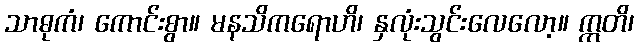
သာဓုကံ၊ ကောင်းစွာ။ မနသိကရောဟိ၊ နှလုံးသွင်းလေလော့။ ဣတိ၊